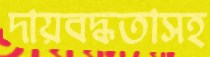
দায়বদ্ধতাসহ